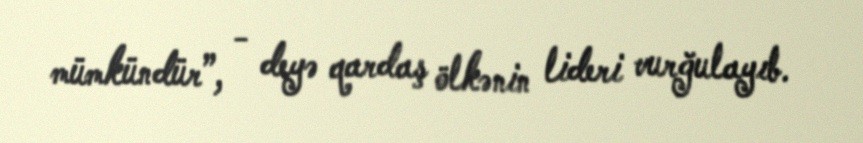
mümkündür”, - deyə qardaş ölkənin lideri vurğulayıb.